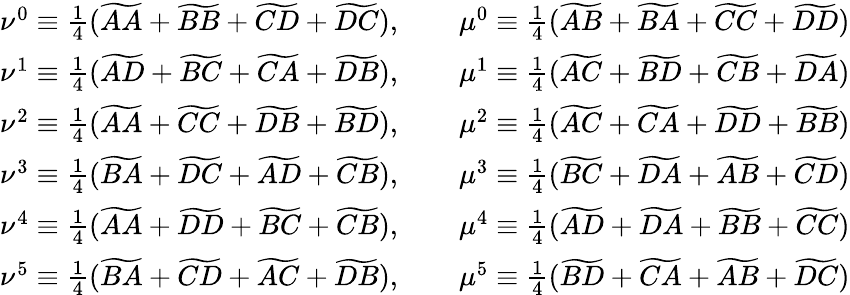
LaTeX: \begin{array}{cc}{\nu^{0}\equiv\frac{1}{4}(\widetilde{AA}+\widetilde{BB}+\widetilde{CD}+\widetilde{DC}),\qquad\mu^{0}\equiv\frac{1}{4}(\widetilde{AB}+\widetilde{BA}+\widetilde{CC}+\widetilde{DD})}\\ {\nu^{1}\equiv\frac{1}{4}(\widetilde{AD}+\widetilde{BC}+\widetilde{CA}+\widetilde{DB}),\qquad\mu^{1}\equiv\frac{1}{4}(\widetilde{AC}+\widetilde{BD}+\widetilde{CB}+\widetilde{DA})}\\ {\nu^{2}\equiv\frac{1}{4}(\widetilde{AA}+\widetilde{CC}+\widetilde{DB}+\widetilde{BD}),\qquad\mu^{2}\equiv\frac{1}{4}(\widetilde{AC}+\widetilde{CA}+\widetilde{DD}+\widetilde{BB})}\\ {\nu^{3}\equiv\frac{1}{4}(\widetilde{BA}+\widetilde{DC}+\widetilde{AD}+\widetilde{CB}),\qquad\mu^{3}\equiv\frac{1}{4}(\widetilde{BC}+\widetilde{DA}+\widetilde{AB}+\widetilde{CD})}\\ {\nu^{4}\equiv\frac{1}{4}(\widetilde{AA}+\widetilde{DD}+\widetilde{BC}+\widetilde{CB}),\qquad\mu^{4}\equiv\frac{1}{4}(\widetilde{AD}+\widetilde{DA}+\widetilde{BB}+\widetilde{CC})}\\ {\nu^{5}\equiv\frac{1}{4}(\widetilde{BA}+\widetilde{CD}+\widetilde{AC}+\widetilde{DB}),\qquad\mu^{5}\equiv\frac{1}{4}(\widetilde{BD}+\widetilde{CA}+\widetilde{AB}+\widetilde{DC})}\end{array}